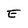
Character: E